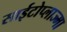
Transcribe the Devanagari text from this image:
साईटोप्लाज्मा